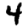
Digit: 4